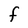
Character: F